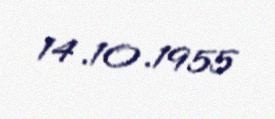
14.10.1955